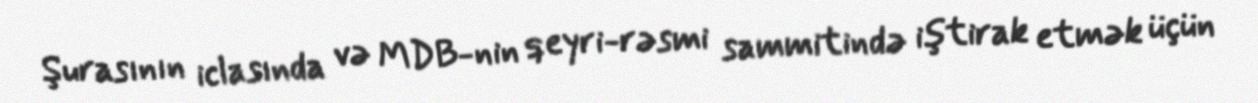
Şurasının iclasında və MDB-nin qeyri-rəsmi sammitində iştirak etmək üçün